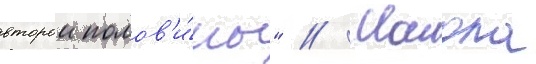
второи полов'и́ны" // Манола